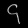
Digit: ၄